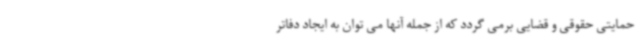
حمایتی حقوقی و قضایی برمی گردد که از جمله آنها می توان به ایجاد دفاتر